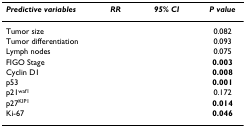
<table><thead><tr><td><b><i>Predictive variables</i></b></td><td><b><i>RR</i></b></td><td><b><i>95% CI</i></b></td><td><b><i>P value</i></b></td></tr></thead><tbody><tr><td>Tumor size</td><td>[EMPTY_CELL]</td><td>[EMPTY_CELL]</td><td>0.082</td></tr><tr><td>Tumor differentiation</td><td>[EMPTY_CELL]</td><td>[EMPTY_CELL]</td><td>0.093</td></tr><tr><td>Lymph nodes</td><td>[EMPTY_CELL]</td><td>[EMPTY_CELL]</td><td>0.075</td></tr><tr><td>FIGO Stage</td><td>[EMPTY_CELL]</td><td>[EMPTY_CELL]</td><td><b>0.003</b></td></tr><tr><td>Cyclin D1</td><td>[EMPTY_CELL]</td><td>[EMPTY_CELL]</td><td><b>0.008</b></td></tr><tr><td>p53</td><td>[EMPTY_CELL]</td><td>[EMPTY_CELL]</td><td><b>0.001</b></td></tr><tr><td>p21<sup>waf1</sup></td><td>[EMPTY_CELL]</td><td>[EMPTY_CELL]</td><td>0.172</td></tr><tr><td>p27<sup>KIP1</sup></td><td>[EMPTY_CELL]</td><td>[EMPTY_CELL]</td><td><b>0.014</b></td></tr><tr><td>Ki-67</td><td>[EMPTY_CELL]</td><td>[EMPTY_CELL]</td><td><b>0.046</b></td></tr></tbody></table>